Civil Veterinary Department ledger series I-VI
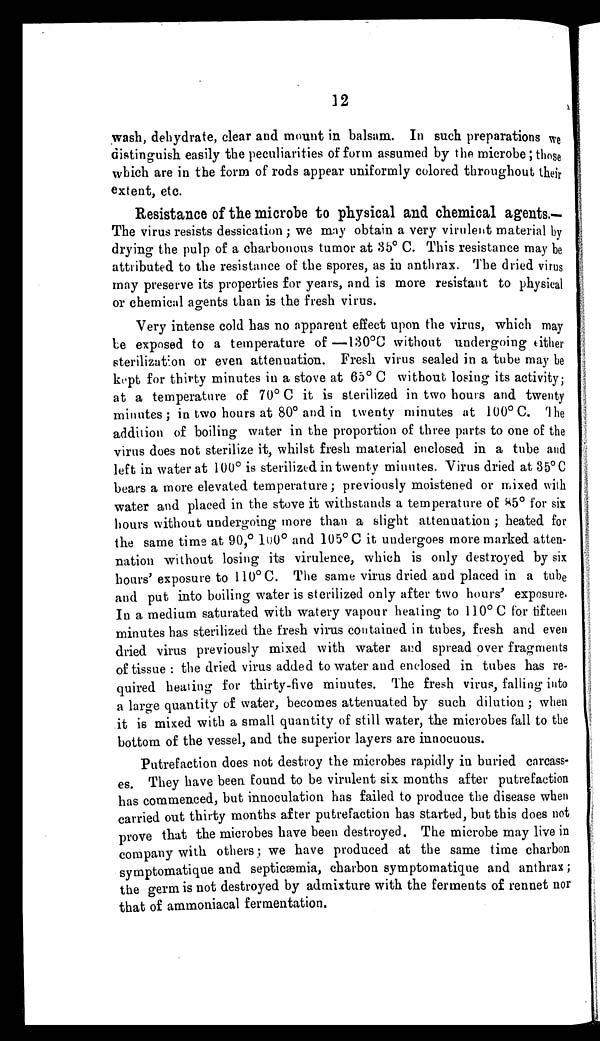
12
wash, dehydrate, clear and mount in balsam. In such preparations we
distinguish easily the peculiarities of form assumed by the microbe; those
which are in the form of rods appear uniformly colored throughout their
extent, etc.
Resistance of the microbe to physical and chemical agents.—
The virus resists dessication; we may obtain a very virulent material by
drying the pulp of a charbonous tumor at 35° C. This resistance may be
attributed to the resistance of the spores, as in anthrax. The dried virus
may preserve its properties for years, and is more resistant to physical
or chemical agents than is the fresh virus.
Very intense cold has no apparent effect upon the virus, which may
be exposed to a temperature of—130°C without undergoing either
sterilization or even attenuation. Fresh virus sealed in a tube may be
kept for thirty minutes in a stove at 65° C without losing its activity;
at a temperature of 70° C it is sterilized in two hours and twenty
minutes; in two hours at 80° and in twenty minutes at 100° C. The
addition of boiling water in the proportion of three parts to one of the
virus does not sterilize it, whilst fresh material enclosed in a tube and
left in water at 100° is sterilized in twenty minutes. Virus dried at 35° C
bears a more elevated temperature; previously moistened or mixed with
water and placed in the stove it withstands a temperature of 85° for six
hours without undergoing more than a slight attenuation; heated for
the same time at 90,° 100° and 105° C it undergoes more marked atten-
nation without losing its virulence, which is only destroyed by six
hours' exposure to 110°C. The same virus dried and placed in a tube
and put into boiling water is sterilized only after two hours' exposure.
In a medium saturated with watery vapour heating to 110° C for fifteen
minutes has sterilized the fresh virus contained in tubes, fresh and even
dried virus previously mixed with water and spread over fragments
of tissue: the dried virus added to water and enclosed in tubes has re-
quired heating for thirty-five minutes. The fresh virus, falling into
a large quantity of water, becomes attenuated by such dilution; when
it is mixed with a small quantity of still water, the microbes fall to the
bottom of the vessel, and the superior layers are innocuous.
Putrefaction does not destroy the microbes rapidly in buried carcass-
es. They have been found to be virulent six months after putrefaction
has commenced, but innoculation has failed to produce the disease when
carried out thirty months after putrefaction has started, but this does not
prove that the microbes have been destroyed. The microbe may live in
company with others; we have produced at the same time charbon
symptomatique and septicæmia, charbon symptomatique and anthrax;
the germ is not destroyed by admixture with the ferments of rennet nor
that of ammoniacal fermentation.